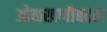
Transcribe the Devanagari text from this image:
ओळखणीबद्दल